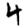
Digit: 4